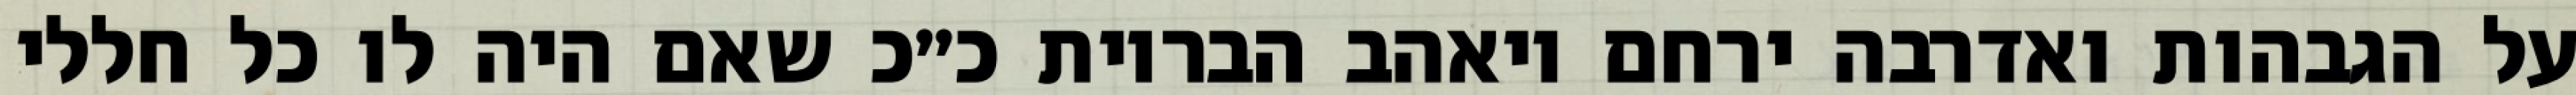
על הגבהות ואדרבה ירחם ויאהב הבריות כ״כ שאם היה לו כל חללי